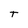
Character: T